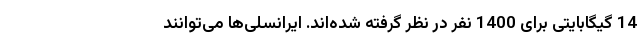
14 گیگابایتی برای 1400 نفر در نظر گرفته شده‌اند. ایرانسلی‌ها می‌توانند